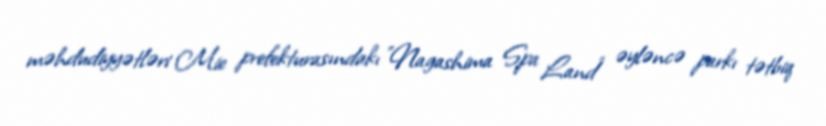
məhdudiyyətləri Mie prefekturasındakı "Nagashima Spa Land" əyləncə parkı tətbiq